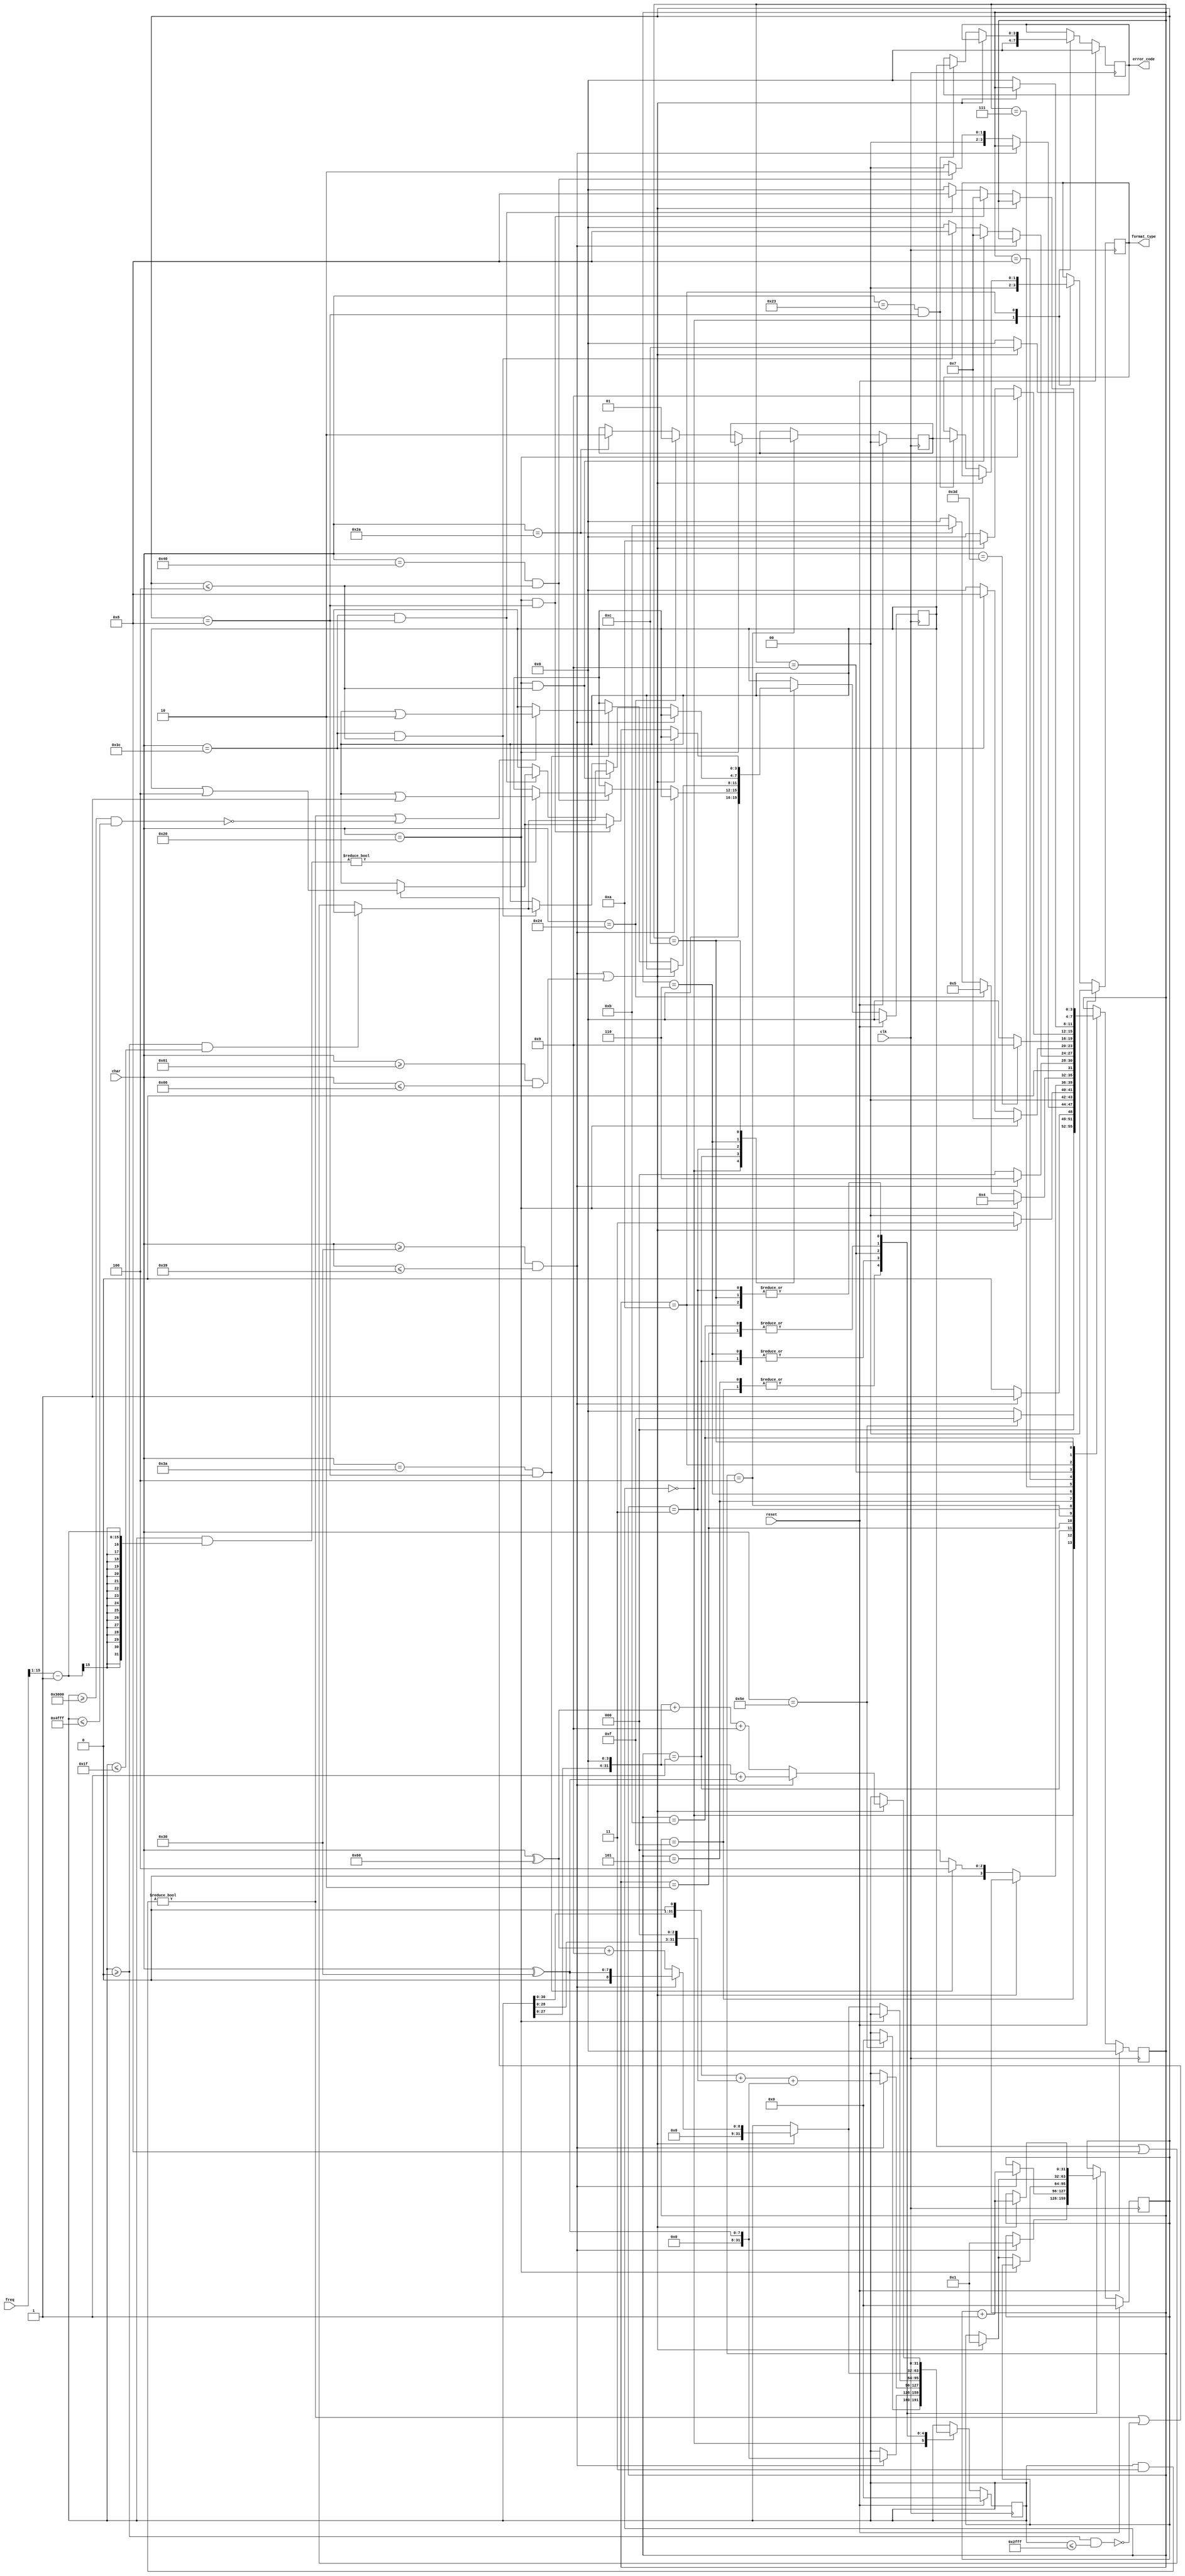
`timescale 1ns / 1ps
`define S0 4'b0000
`define S1 4'b0001
`define S2 4'b0010
`define S3 4'b0011
`define S4 4'b0100
`define S5 4'b0101
`define S6 4'b0110
`define S7 4'b0111
`define S8 4'b1000
`define S9 4'b1001
`define S10 4'b1010
`define S11 4'b1011
`define S12 4'b1100
`define S13 4'b1101
`define S14 4'b1110
`define S15 4'b1111

`define OERROR 2'b00
`define O1 2'b01
`define O2 2'b10

`define ERR0 4'b0000
`define ERR1 4'b0001
`define ERR2 4'b0010
`define ERR3 4'b0100
`define ERR4 4'b1000

module cpu_checker(
	input clk,
	input reset,
	input [7:0] char,
	input [15:0] freq,
	output reg [1:0] format_type,
	output reg [3:0] error_code
    );

	reg [1:0] cur;
	reg [3:0] status, reg_error;
	reg [31:0] count, num;

	initial begin
		format_type <= 2'b00;
		count <= 0;
		status <= `S0;
		cur <= 0;
		reg_error <= 0;
		error_code <= 0;
		num <= 0;
	end

	always @(posedge clk) begin
		if (reset) begin
			format_type <= 2'b00;
			count <= 0;
			status <= `S0;
			cur <= 0;
			reg_error <= 0;
			error_code <= 0;
			num <= 0;
		end
		else begin
			case (status)
				`S0: begin
					format_type <= `OERROR;
					reg_error <= 0;
					error_code <= 0;

					if(char == "^") begin
						status <= `S15;
						num <= 0;
					end
					else status <= `S0;
				end

				`S15: begin
					if(char >= "0" && char <= "9") begin
						status <= `S1;
						count <= 1;
						num <= char ^ 48;
					end
					else status <= `S0;
				end

				`S1: begin
					if(char >= "0" && char <= "9") begin
						count <= count + 1;
						num <= (num << 1) + (num << 3) + (char ^ 48);
					end
					else if(char == "@" && count <= 4) begin
						status <= `S2;

						if((num & ((freq >> 1) - 1)) != 0) reg_error <= reg_error | `ERR1;
					end
					else status <= `S0;
				end

				`S2: begin
					if((char >= "0" && char <= "9") || (char >= "a" && char <= "f")) begin
						status <= `S3;
						count <= 1;
						if(char >= "0" && char <= "9") num <= char ^ 48;
						else num <= (char ^ "`") + 9;
					end
					else status <= `S0;
				end

				`S3: begin
					if((char >= "0" && char <= "9") || (char >= "a" && char <= "f")) begin
						count = count + 1;
						if(char >= "0" && char <= "9") num <= (num << 4) + (char ^ 48);
						else num <= (num << 4) + (char ^ "`") + 9;
					end
					else if(char == ":" && count == 8) begin
						status <= `S4;

						if ((num & 2'b11) != 0 || !(num >= 32'h0000_3000 && num <= 32'h0000_4fff)) reg_error <= reg_error | `ERR2;
					end
					else status <= `S0;
				end

				`S4: begin
					if(char == " ") begin
						status <= `S4;
					end
					else if(char == "$") begin
						cur <= `O1;
						status <= `S5;
					end
					else if(char == 8'd42) begin
						cur <= `O2;
						status <= `S11;
					end
					else status <= `S0;
				end

				`S5: begin
					if(char >= "0" && char <= "9") begin
						status <= `S6;
						count <= 1;
						num <= char ^ 48;
					end
					else status <= `S0;
				end

				`S6: begin
					if(char >= "0" && char <= "9") begin
						count <= count + 1;
						num <= (num << 1) + (num << 3) + (char ^ 48);
					end
					else if(char == " " && count <= 4) begin
						status <= `S7;

						if(!(num >= 0 && num <= 31)) reg_error <= reg_error | `ERR4;
					end
					else if(char == "<" && count <= 4) begin
						status <= `S8;

						if(!(num >= 0 && num <= 31)) reg_error <= reg_error | `ERR4;
					end
					else status <= `S0;
				end

				`S7: begin
					if(char == " ") begin
						status <= `S7;
					end
					else if(char == "<") begin
						status <= `S8;
					end
					else status <= `S0;
				end

				`S8: begin
					if(char == "=") begin
						status <= `S9;
					end
					else status <= `S0;
				end

				`S9: begin
					if(char == " ") begin
						status <= `S9;
					end
					else if((char >= "0" && char <= "9") || (char >= "a" && char <= "f")) begin
						count <= 1;
						status <= `S10;
						if(char >= "0" && char <= "9") num <= char ^ 48;
						else num <= (char ^ "`") + 9;
					end
					else status <= `S0;
				end

				`S10: begin
					if((char >= "0" && char <= "9") || (char >= "a" && char <= "f")) begin
						count <= count + 1;
						if(char >= "0" && char <= "9") num <= (num << 4) + (char ^ 48);
						else num <= (num << 4) + (char ^ "`") + 9;
					end
					else if(char == "#" && count == 8) begin
						format_type <= cur;
						status <= `S0;
						error_code <= reg_error;
					end
					else status <= `S0;
				end

				`S11: begin
					if((char >= "0" && char <= "9") || (char >= "a" && char <= "f")) begin
						status <= `S12;
						count <= 1;
						if(char >= "0" && char <= "9") num <= char ^ 48;
						else num <= (char ^ "`") + 9;
					end
					else status <= `S0;
				end

				`S12: begin
					if((char >= "0" && char <= "9") || (char >= "a" && char <= "f")) begin
						count <= count + 1;
						if(char >= "0" && char <= "9") num <= (num << 4) + (char ^ 48);
						else num <= (num << 4) + (char ^ "`") + 9;
					end
					else if(char == " " && count == 8) begin
						status <= `S7;

						if((num & 3) != 0 || !(num >= 32'h0000_0000 && num <= 32'h0000_2fff)) reg_error <= reg_error | `ERR3;
					end
					else if(char == "<" && count == 8) begin
						status <= `S8;

						if((num & 3) != 0 || !(num >= 32'h0000_0000 && num <= 32'h0000_2fff)) reg_error <= reg_error | `ERR3;
					end
					else status <= `S0;
				end
			endcase
		end
	end

endmodule